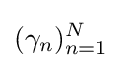
(\gamma _{n})_{n=1}^{N}